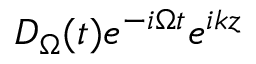
D _ { \Omega } ( t ) e ^ { - i \Omega t } e ^ { i k z }